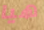
هيا